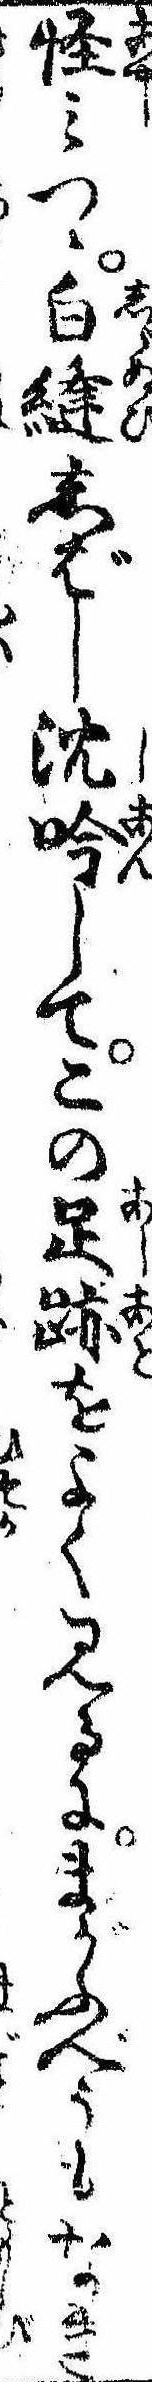
怪みつゝ白縫しばし沈吟してこの足跡をよく見るにまがふべうもなき